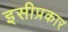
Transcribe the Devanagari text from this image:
इसीप्रकार